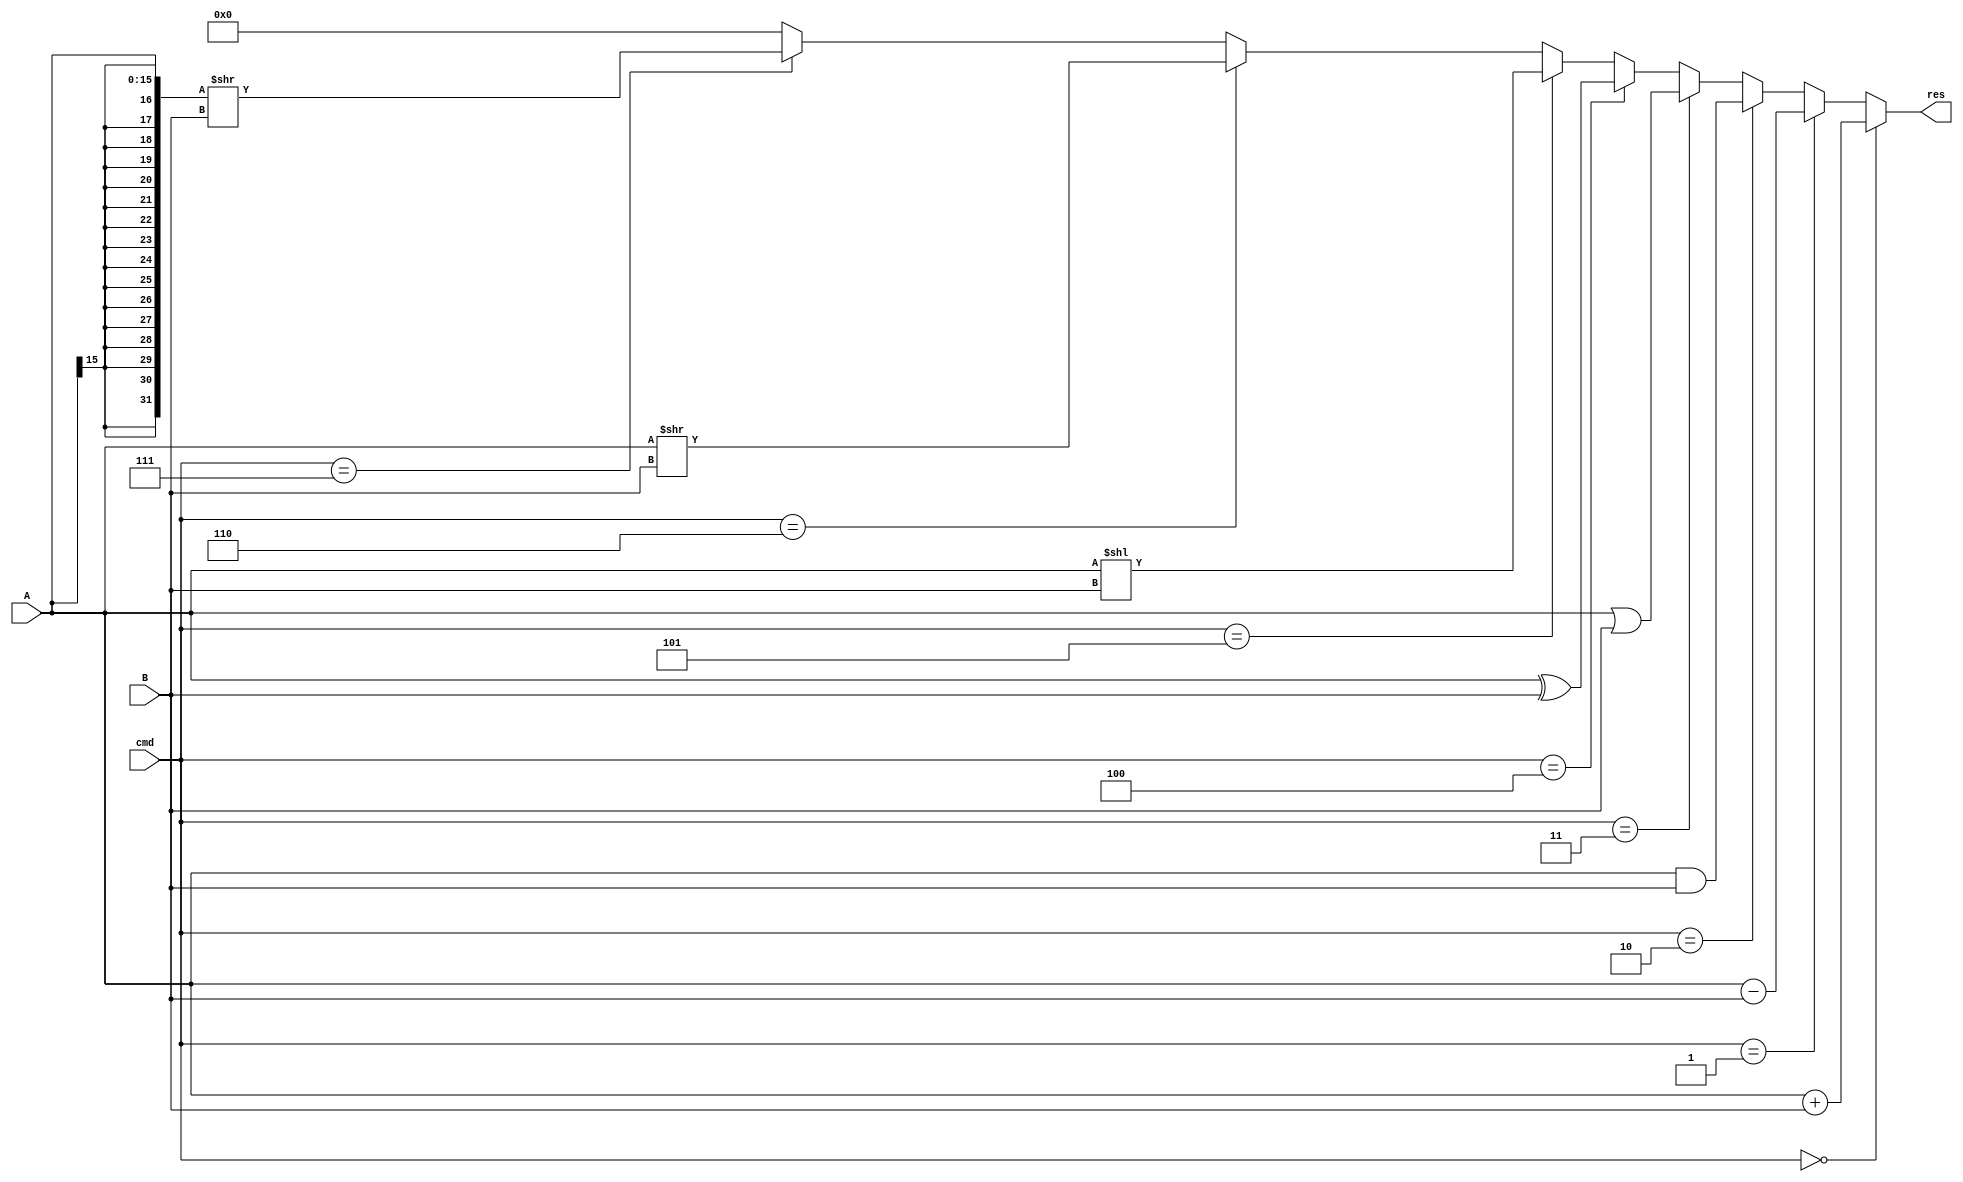
module ALU(input [15:0] A, B,
				input [2:0] cmd,
				output reg [15:0] res);
				
				wire [31:0]AA;
				assign AA={{16{A[15]}}, A};
				always @(A, B, cmd) 
				begin 
					if (cmd == 3'b000)
						res <= A + B;
					else if (cmd == 3'b001)
						res <= A - B;
					else if (cmd == 3'b010)
						res <= A & B;
					else if (cmd == 3'b011)
						res <= A | B;
					else if (cmd == 3'b100)
						res <= A ^ B;
					else if (cmd == 3'b101)
						res <= (A << B);
					else if (cmd == 3'b110)
						res <= (A >> B);
					else if (cmd == 3'b111)
						res <= AA >> B;
					else
						res <= 0;
				end

endmodule